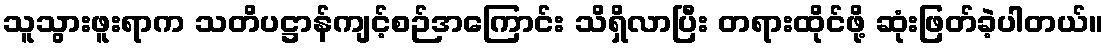
သူသွားဖူးရာက သတိပဋ္ဌာန်ကျင့်စဉ်အကြောင်း သိရှိလာပြီး တရားထိုင်ဖို့ ဆုံးဖြတ်ခဲ့ပါတယ်။